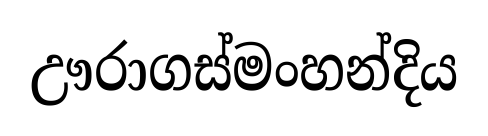
ඌරාගස්මංහන්දිය